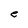
Character: e